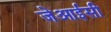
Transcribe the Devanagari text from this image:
जेआईसी